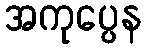
အကုပ္ပေန